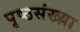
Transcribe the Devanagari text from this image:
पृष्ठसंख्य़ा